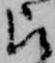
被